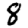
Digit: 8